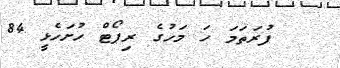
ފުރަތަމަ ހަ މަހުގެ ރިޕޯޓް ހުށަހެޅީ 84